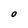
Character: O